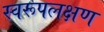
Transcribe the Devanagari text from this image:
स्वरूपलक्षण